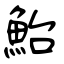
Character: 鮐